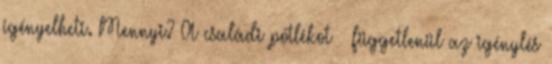
igényelheti. Mennyi? A családi pótlékot – függetlenül az igénylés